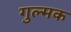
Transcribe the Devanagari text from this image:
गुल्मक